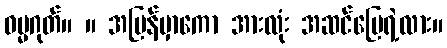
ဓမ္မဂုတ်။ ။ အပြန်မှာကော အားလုံး အဆင်ပြေရဲ့လား။